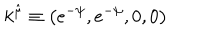
k ^ { \hat { \mu } } \equiv \left( e ^ { - \psi } , e ^ { - \psi } , 0 , 0 \right)